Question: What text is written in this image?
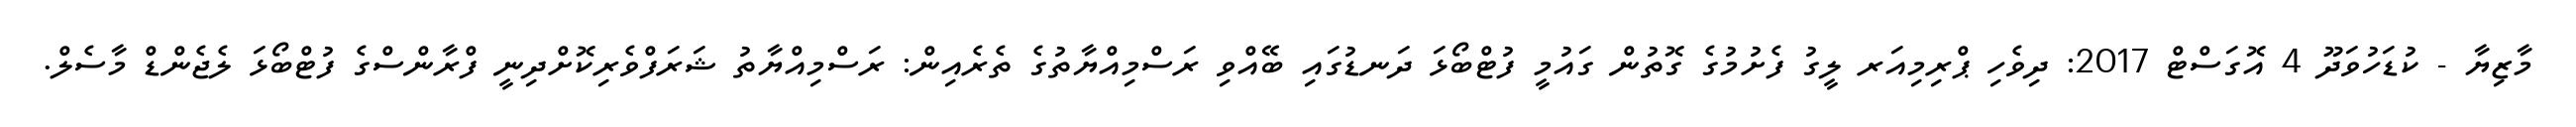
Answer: މާޒިޔާ - ކުޑަހުވަދޫ 4 އޮގަސްޓް 2017: ދިވެހި ޕްރިމިއަރ ލީގު ފެށުމުގެ ގޮތުން ގައުމީ ފުޓްބޯޅަ ދަނޑުގައި ބޭއްވި ރަސްމިއްޔާތުގެ ތެރެއިން: ރަސްމިއްޔާތު ޝަރަފްވެރިކޮށްދިނީ ފްރާންސްގެ ފުޓްބޯޅަ ލެޖެންޑް މާސެލް.